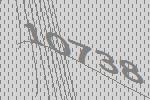
10738